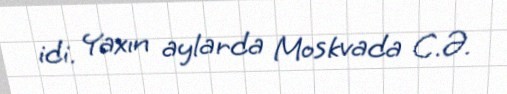
idi. Yaxın aylarda Moskvada C.Ə.